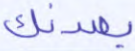
يصدنك